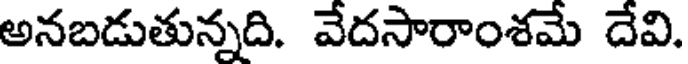
అనబడుతున్నది. వేదసారాంశమే దేవి.